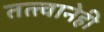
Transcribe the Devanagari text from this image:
तत्त्वानेही